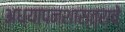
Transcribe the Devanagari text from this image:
अध्यापनशास्त्राचे